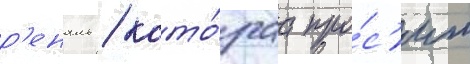
р'еналь / кото́раа про́с'ит